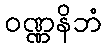
ဝဏ္ဏနိဘံ